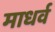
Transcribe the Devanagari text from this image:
माधर्व